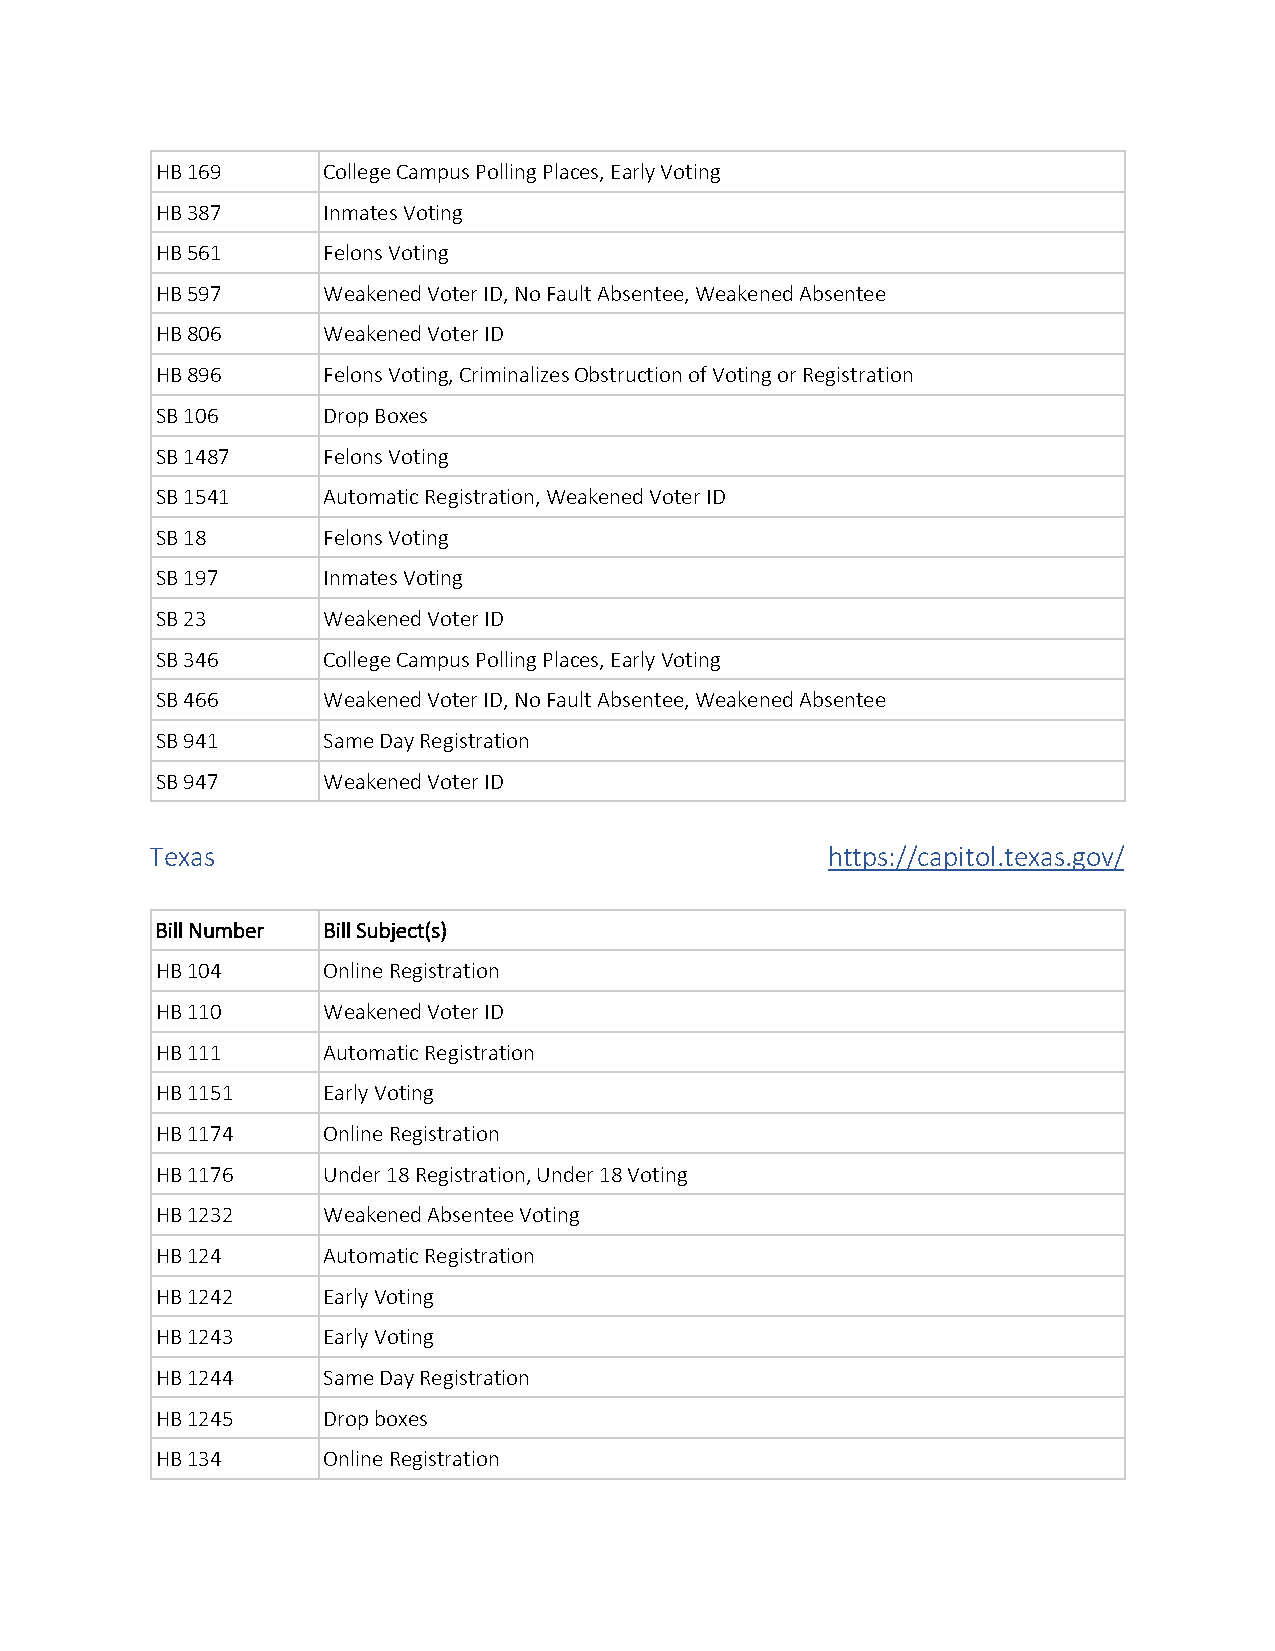
HB 169     College Campus Polling Places, Early Voting
 HB 387     Inmates Voting
 HB 561     Felons Voting
 HB 597     Weakened Voter ID, No Fault Absentee, Weakened Absentee
 HB 806     Weakened Voter ID
 HB 896     Felons Voting, Criminalizes Obstruction of Voting or Registration
 SB 106     Drop Boxes
 SB 1487    Felons Voting
 SB 1541    Automatic Registration, Weakened Voter ID
 SB 18      Felons Voting
 SB 197     Inmates Voting
 SB 23      Weakened Voter ID
 SB 346     College Campus Polling Places, Early Voting
 SB 466     Weakened Voter ID, No Fault Absentee, Weakened Absentee
 SB 941     Same Day Registration
 SB 947     Weakened Voter ID
 Texas                                        https://capitol.texas.gov/
 Bill Number Bill Subject(s)
 HB 104     Online Registration
 HB 110     Weakened Voter ID
 HB 111     Automatic Registration
 HB 1151    Early Voting
 HB 1174    Online Registration
 HB 1176    Under 18 Registration, Under 18 Voting
 HB 1232    Weakened Absentee Voting
 HB 124     Automatic Registration
 HB 1242    Early Voting
 HB 1243    Early Voting
 HB 1244    Same Day Registration
 HB 1245    Drop boxes
 HB 134     Online Registration